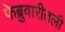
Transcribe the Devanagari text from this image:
फेब्रुवारीतली